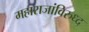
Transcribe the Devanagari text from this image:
महाराजांविरुध्द